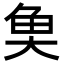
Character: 𩵋